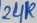
Text: 24K